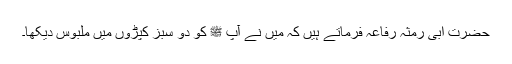
حضرت ابی رِمثہ رفاعہ فرماتے ہیں کہ میں نے آپ ﷺ کو دو سبز کپڑوں میں ملبوس دیکھا۔